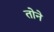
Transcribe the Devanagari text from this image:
तोने